Civil Veterinary Department. United Provinces 1932-42 - 1932-1942
Year: 1932
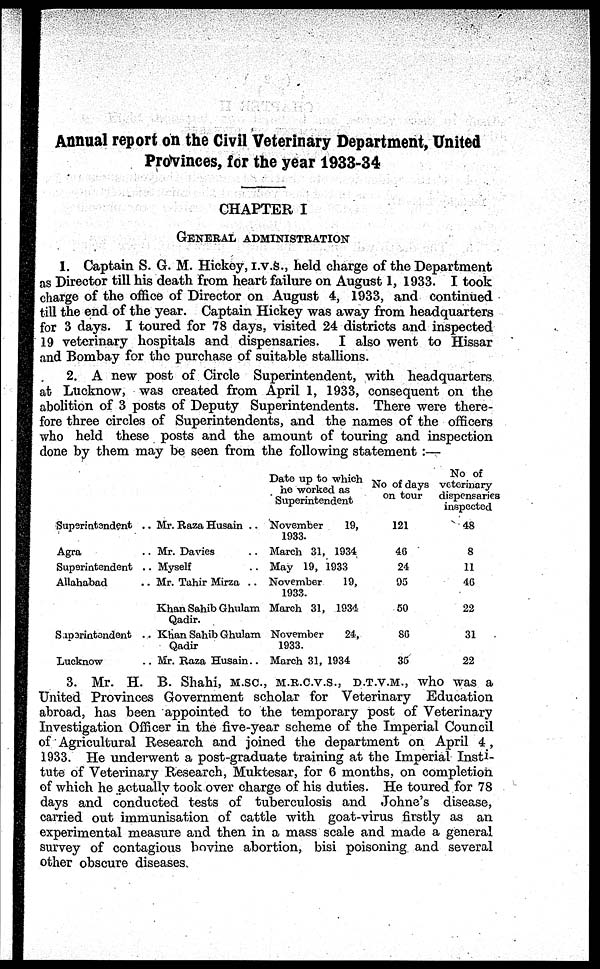
Annual report on the Civil Veterinary Department, United
Provinces, for the year 1933-34
CHAPTER I
GENERAL
ADMINISTRATION
1. Captain S. G. M. Hickey, I.V.S., held charge of the Department
as Director till his death from heart failure on August 1, 1933. I took
charge of the office of Director on August 4, 1933, and continued
till the end of the year. Captain Hickey was away from headquarters
for 3 days. I toured for 78 days, visited 24 districts and inspected
19 veterinary hospitals and dispensaries.
I also went to Hissar
and Bombay for the purchase of suitable stallions.
2. A new post of Circle Superintendent, with headquarters
at Lucknow, was created from April 1, 1933, consequent on the
abolition of 3 posts of Deputy Superintendents. There were there-
fore three circles of Superintendents, and the names of the officers
who held these posts and the amount of touring and inspection
done by them may be seen from the following statement :—
Superintendent ..
Agra
Superintendent ..
Allahabad
Suparintendent ..
Lucknow ..
Mr. Raza Husain ..
Mr. Davies ..
Myself ..
Mr. Tahir Mirza ..
Khan Sahib Ghulam
Qadir.
Khan Sahib Ghulam
Qadir
Mr. Raza Husain ..
Date up to which
ho worked as
Superintendent
November
19,
1933.
March 31, 1934
May 19, 1933
November
19,
1933.
March 31, 1934
November
24,
1933.
March 31, 1934
No of days
on tour
121
46
24
93
50
80
35
No of
veterinary
dispensaries
inspected
48
8
11
46
22
31
22
3. Mr. H. B. Shahi, M.SC., M.R.C.V.S., D.T.V.M., who was a
United Provinces Government scholar for Veterinary Education
abroad, has been appointed to the temporary post of Veterinary
Investigation Officer in the five-year scheme of the Imperial Council
of Agricultural Research and joined the department on April 4,
1933. He underwent a post-graduate training at the Imperial Insti-
tute of Veterinary Research, Muktesar, for 6 months, on completion
of which he actually took over charge of his duties. He toured for 78
days and conducted tests of tuberculosis and Johne's disease,
carried out immunisation of cattle with goat-virus firstly as an
experimental measure and then in a mass scale and made a general
survey of contagious bovine abortion, bisi poisoning and several
other obscure diseases.